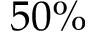
5 0 \%